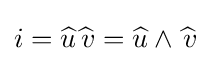
{i}={\widehat {u}}{\widehat {\ \!v}}={\widehat {u}}\wedge {\widehat {\ \!v}}